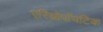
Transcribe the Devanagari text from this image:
एरिथ्रोपॉयटिक